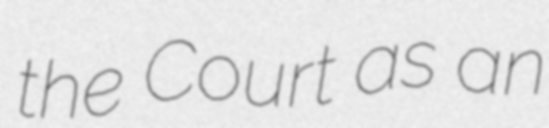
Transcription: the Court as an